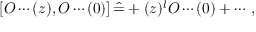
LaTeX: \left[ O \cdots ( z ) , O \cdots ( 0 ) \right] \hat { = } + ( z ) ^ { l } O \cdots ( 0 ) + \cdots \, ,